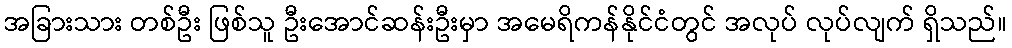
အခြားသား တစ်ဦး ဖြစ်သူ ဦးအောင်ဆန်းဦးမှာ အမေရိကန်နိုင်ငံတွင် အလုပ် လုပ်လျက် ရှိသည်။